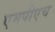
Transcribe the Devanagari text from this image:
एमपीएच